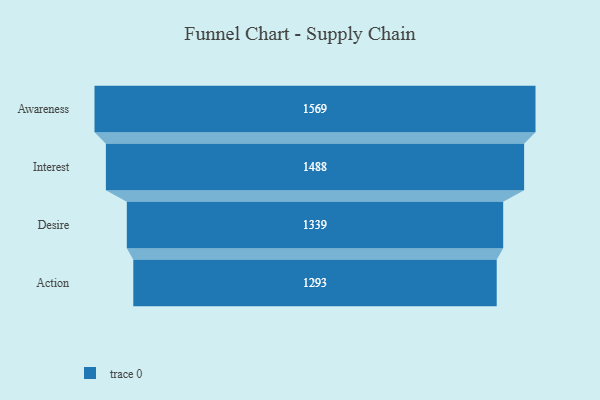
{"axis": {"x": "Stage", "y": "Value"}, "legend": [""], "data": [{"x": "Awareness", "y": 1569.0, "type": ""}, {"x": "Interest", "y": 1488.0, "type": ""}, {"x": "Desire", "y": 1339.0, "type": ""}, {"x": "Action", "y": 1293.0, "type": ""}]}